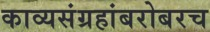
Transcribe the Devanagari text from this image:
काव्यसंग्रहांबरोबरच